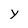
Character: y